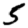
Digit: 5